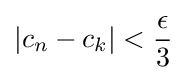
\left|c_{n}-c_{k}\right|<{\frac {\epsilon }{3}}